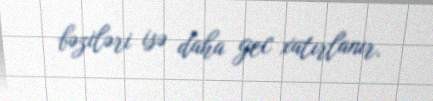
bəziləri isə daha gec xatırlanır.